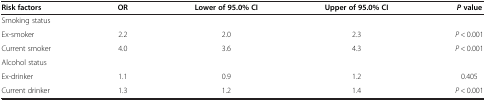
| Risk factors | OR | Lower of 95.0% CI | Upper of 95.0% CI | P value |
 | --- | --- | --- | --- | --- |
 | <COLSPAN=5> Smoking status |
 | Ex-smoker | 2.2 | 2.0 | 2.3 | P < 0.001 |
 | Current smoker | 4.0 | 3.6 | 4.3 | P < 0.001 |
 | <COLSPAN=5> Alcohol status |
 | Ex-drinker | 1.1 | 0.9 | 1.2 | 0.405 |
 | Current drinker | 1.3 | 1.2 | 1.4 | P < 0.001 |